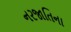
નરજાતિના